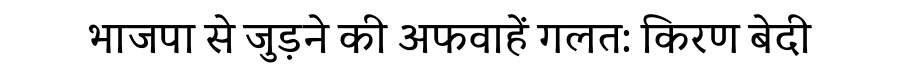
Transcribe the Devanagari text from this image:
भाजपा से जुड़ने की अफवाहें गलत: किरण बेदी